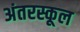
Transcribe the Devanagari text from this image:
अंतरस्कूल